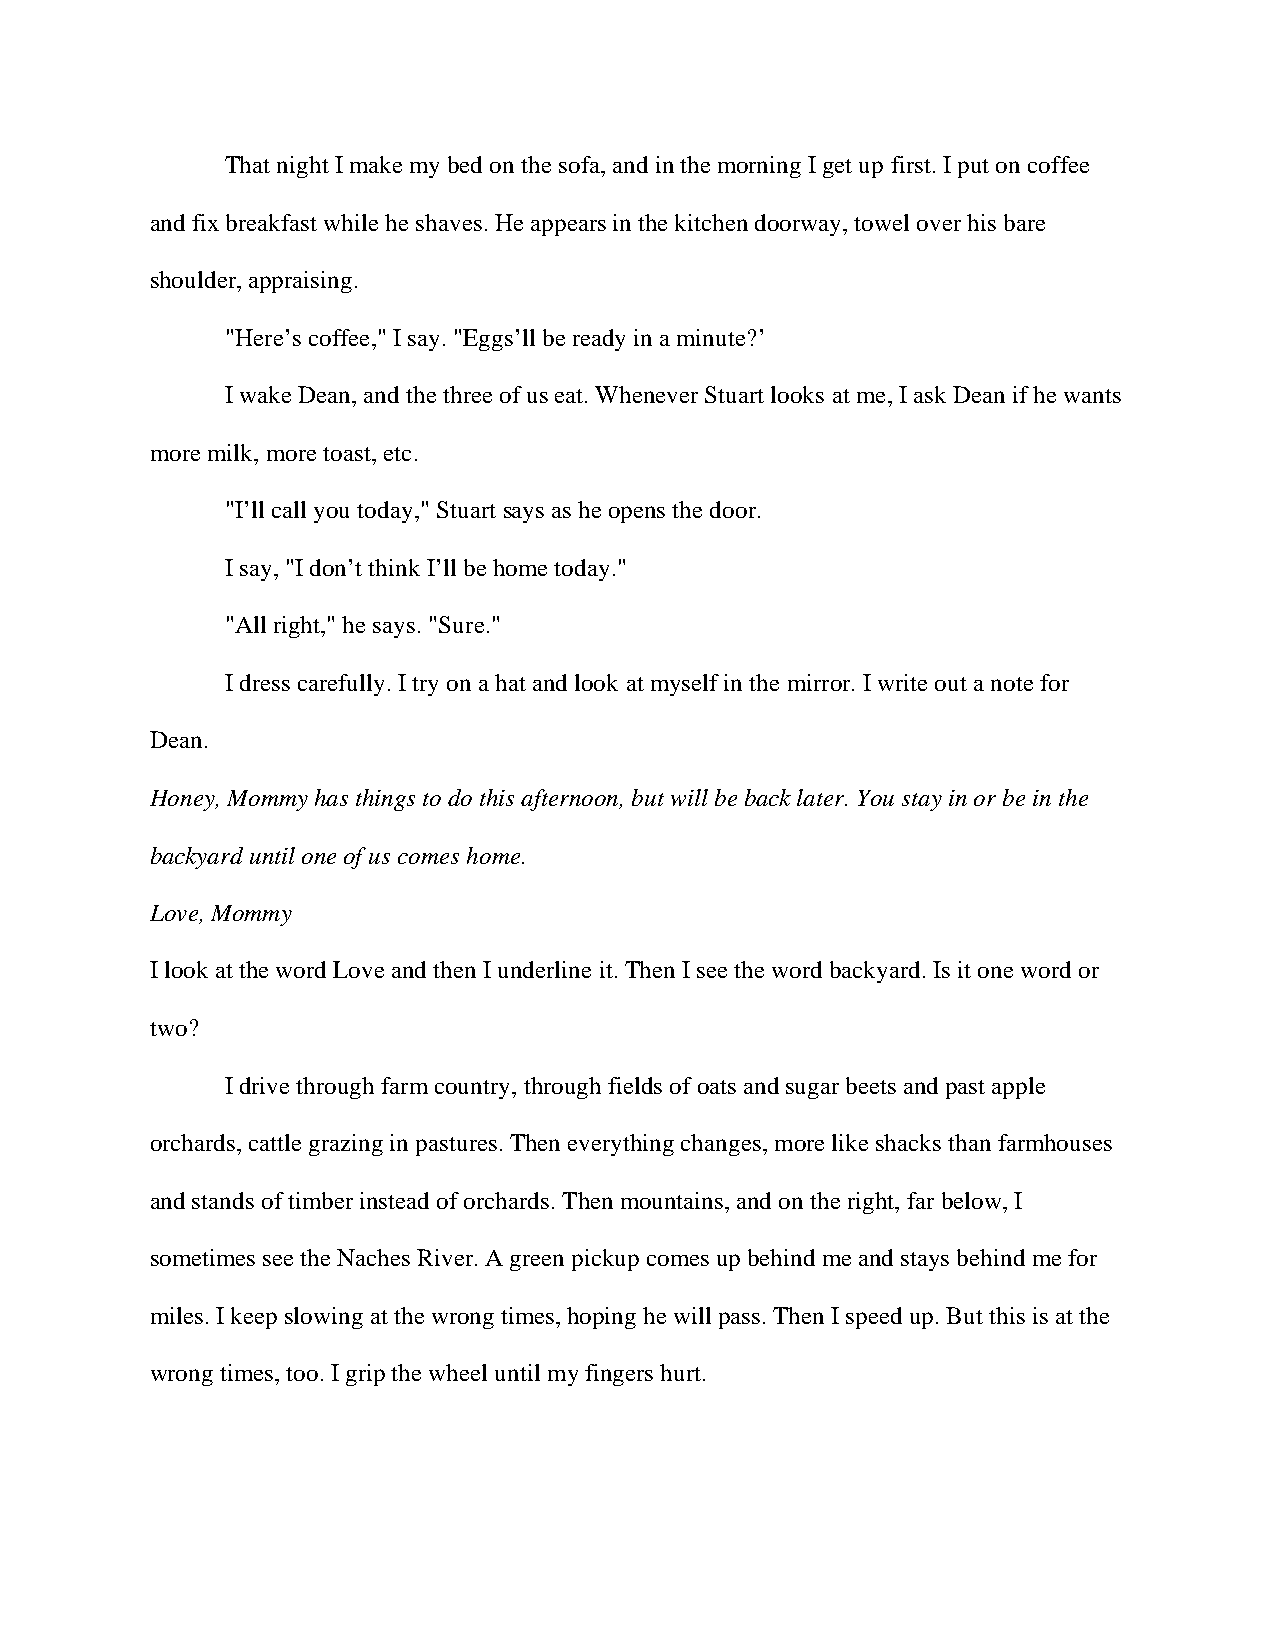
That night I make my bed on the sofa, and in the morning I get up first. I put on coffee
 and fix breakfast while he shaves. He appears in the kitchen doorway, towel over his bare
 shoulder, appraising.
 "Here’s coffee," I say. "Eggs’ll be ready in a minute?’
 I wake Dean, and the three of us eat. Whenever Stuart looks at me, I ask Dean if he wants
 more milk, more toast, etc.
 "I’ll call you today," Stuart says as he opens the door.
 I say, "I don’t think I’ll be home today."
 "All right," he says. "Sure."
 I dress carefully. I try on a hat and look at myself in the mirror. I write out a note for
 Dean.
 Honey, Mommy has things to do this afternoon, but will be back later. You stay in or be in the
 backyard until one of us comes home.
 Love, Mommy
 I look at the word Love and then I underline it. Then I see the word backyard. Is it one word or
 two?
 I drive through farm country, through fields of oats and sugar beets and past apple
 orchards, cattle grazing in pastures. Then everything changes, more like shacks than farmhouses
 and stands of timber instead of orchards. Then mountains, and on the right, far below, I
 sometimes see the Naches River. A green pickup comes up behind me and stays behind me for
 miles. I keep slowing at the wrong times, hoping he will pass. Then I speed up. But this is at the
 wrong times, too. I grip the wheel until my fingers hurt.